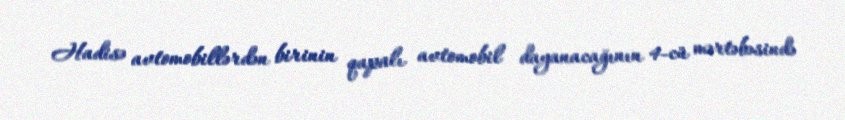
Hadisə avtomobillərdən birinin qapalı avtomobil dayanacağının 4-cü mərtəbəsində